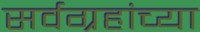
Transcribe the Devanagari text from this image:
सर्वग्रहांच्या